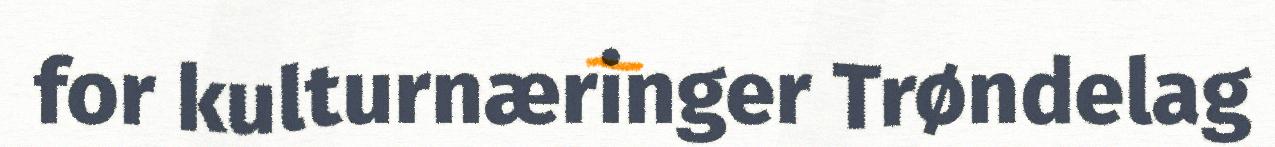
for kulturnæringer Trøndelag